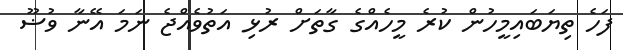
ފަހެ ތިޔަބައިމީހުން ކުރެ މީހެއްގެ ގާތަށް ރުޅި އަތުވެއްޖެ ނަމަ އޭނާ ވުޟޫ